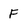
Character: F